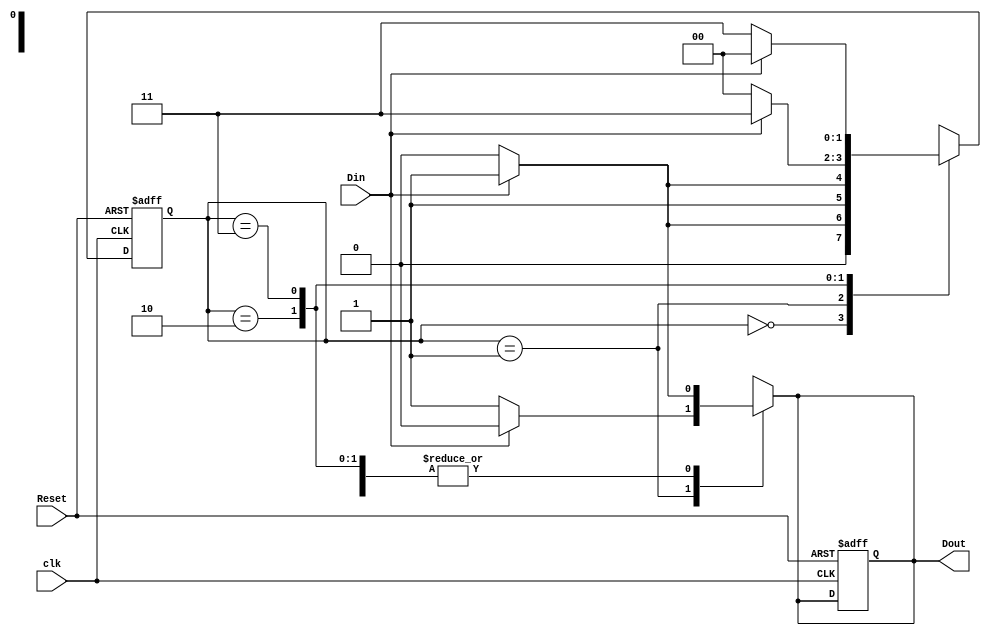
/*
Design a Verilog behavioral model to imple
ment the finite state machine described by
 the state diagram 
*/
module fsm2_behavioral (
    output reg Dout,
    input wire clk,
    input wire Reset,
    input wire Din
);
    // State parameters using binary encoding
    parameter S0 = 2'b00;
    parameter S1 = 2'b01;
    parameter S2 = 2'b10;
    parameter S3 = 2'b11;

    reg [1:0] state, next_state;

    always @(posedge clk or posedge Reset) begin
        if (Reset) begin
            state <= S0;
            Dout <= 1'b0;
        end else begin
            state <= next_state;
        end
    end

    always @(*) begin
        case (state)
            S0: begin
                if (Din) begin
                    next_state = S1;
                    Dout = 1'b1;
                end else begin
                    next_state = S0;
                    Dout = 1'b0;
                end
            end
            S1: begin
                if (Din) begin
                    next_state = S3;
                    Dout = 1'b0;
                end else begin
                    next_state = S2;
                    Dout = 1'b1;
                end
            end
            S2: begin
                if (Din) begin
                    next_state = S3;
                    Dout = 1'b1;
                end else begin
                    next_state = S0;
                    Dout = 1'b0;
                end
            end
            S3: begin
                if (Din) begin
                    next_state = S0;
                    Dout = 1'b1;
                end else begin
                    next_state = S3;
                    Dout = 1'b0;
                end
            end
            default: next_state = S0;
        endcase
    end

endmodule

module fsm2_behavioral_tb;

    parameter CLK_PERIOD = 10;

    reg clk;
    reg Reset;
    reg Din;
    wire Dout;

    fsm2_behavioral DUT (
        .clk(clk),
        .Reset(Reset),
        .Din(Din),
        .Dout(Dout)
    );

    always #((CLK_PERIOD / 2)) clk <= ~clk;

    initial begin
        $dumpfile("fsm2_behavioral_tb.vcd");
        $dumpvars(0, fsm2_behavioral_tb);

        Reset = 1;
        #20 Reset = 0;

        Din = 0;
        #20 Din = 1;
        #20 Din = 0;
        #20 Din = 1;
        #20 Din = 0;
        #20 $finish;
    end

endmodule

module fsm2_behavioral_wb;

    reg clk;
    reg Reset;
    reg Din;
    wire Dout;

    fsm2_behavioral DUT (
        .clk(clk),
        .Reset(Reset),
        .Din(Din),
        .Dout(Dout)
    );

    initial begin
        clk = 0;
    end

    always #5 clk <= ~clk;

    initial begin
        $monitor("Time %0t, Reset: %b, Din: %b, Dout: %b, clk: %b, current_state: %b", $time, Reset, Din, Dout, clk, DUT.state);
        $dumpfile("fsm2_behavioral_wb.vcd");
        $dumpvars(0, fsm2_behavioral_wb);

        Reset = 1;
        #20 Reset = 0;

        Din = 0;
        #10 Din = 1;
        #10 Din = 0;
        #10 Din = 1;
        #10 Din = 0;
        #10 Din = 1;
        #10 Din = 0;

        #50 $finish;
    end

endmodule